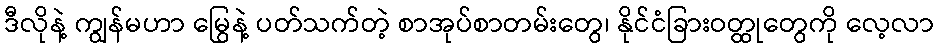
ဒီလိုနဲ့ ကျွန်မဟာ မြွေနဲ့ ပတ်သက်တဲ့ စာအုပ်စာတမ်းတွေ၊ နိုင်ငံခြားဝတ္ထုတွေကို လေ့လာ